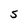
Character: 5